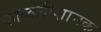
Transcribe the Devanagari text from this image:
काळजीशामक